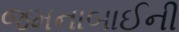
જમનાબાઈની